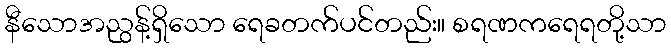
နီသောအညွန့်ရှိသော ရေခတက်ပင်တည်း။ စရဏကရေရတို့သာ